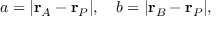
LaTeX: a = | \mathbf { r } _ { A } - \mathbf { r } _ { P } | , \quad b = | \mathbf { r } _ { B } - \mathbf { r } _ { P } | ,